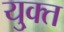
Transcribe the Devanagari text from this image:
यु्क्त